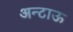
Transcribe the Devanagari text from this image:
अन्टाऊ